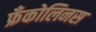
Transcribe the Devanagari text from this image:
फ्रँकोलिनस